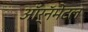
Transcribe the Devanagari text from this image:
ऑर्नॅमेंटल